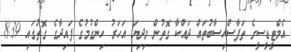
އެމްޓީޑީސީގެ ތަފާސްހިސާބުތައް ދައްކާ ގޮތުން މިދިޔަ އަހަރު ހިންގުމުގެ ފައިދާގެ ގޮތުގައި 8.39